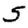
Digit: 5